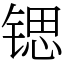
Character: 锶